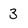
Character: 3